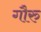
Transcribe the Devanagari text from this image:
गौरु